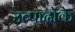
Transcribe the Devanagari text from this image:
उत्पादोंके